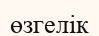
өзгелік